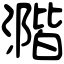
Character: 𣾂